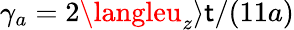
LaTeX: \gamma_{a}=2\langleu_{z}\rangle\mathsf{t}/(11a)